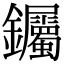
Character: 钃